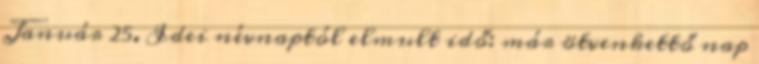
Január 25. Idei névnaptól elmult idő: már ötvenkettő nap